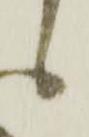
候